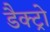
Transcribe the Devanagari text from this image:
डैक्ट्रो